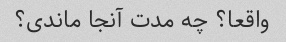
واقعا؟ چه مدت آنجا ماندی؟